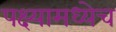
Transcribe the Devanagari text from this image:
पक्ष्यामध्येच